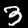
Label: 3